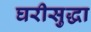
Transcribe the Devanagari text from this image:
घरीसुद्धा